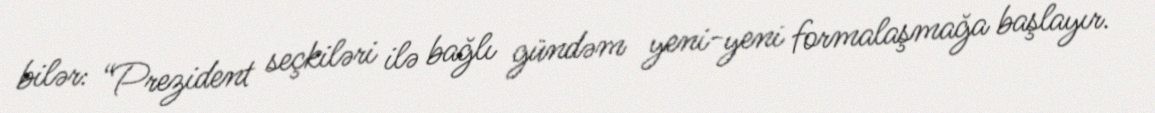
bilər: “Prezident seçkiləri ilə bağlı gündəm yeni-yeni formalaşmağa başlayır.